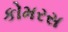
કોમરસ